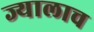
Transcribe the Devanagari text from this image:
ज्यालाच